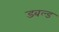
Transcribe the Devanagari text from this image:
डबल्ड